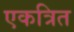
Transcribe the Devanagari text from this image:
एकत्रित